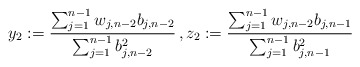
\begin{align*}y_2:=\frac{\sum_{j=1}^{n-1} w_{j,n-2}b_{j,n-2}}{\sum_{j=1}^{n-1} b_{j,n-2}^2}\,, z_2:=\frac{\sum_{j=1}^{n-1} w_{j,n-2}b_{j,n-1}}{\sum_{j=1}^{n-1} b_{j,n-1}^2}\end{align*}